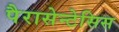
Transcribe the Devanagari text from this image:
पैरासेन्टेसिस